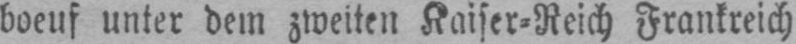
boeuf unter dem zweiten Kaiser⸗Reich Frankreich